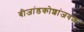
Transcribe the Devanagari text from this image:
बीजांडकोशांजवळ